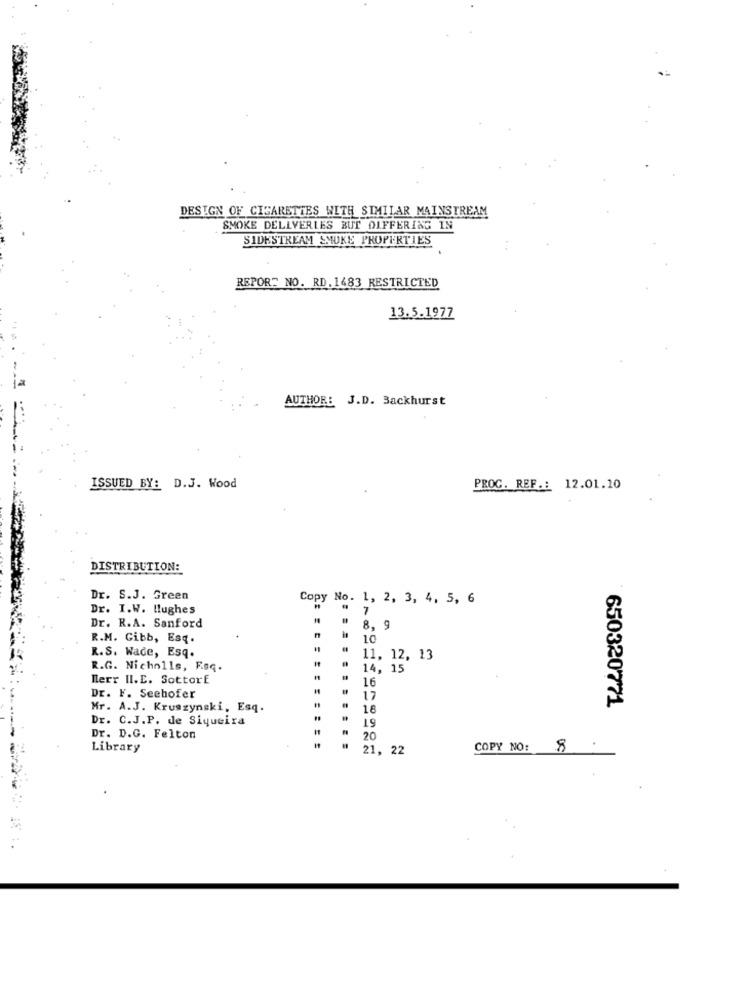
DESIGN OF CIGARETTES WITH SIMILAR MAINSTREAM
SMOKE DELLVERLES BUT OLFFERING IN
SIDESTREAM SMUKE PROPERTIES
REPORT NO. RD.1483 RESTRICTED
13.5.1977
AUTHOR: J.D. Backhurst
ISSUED BY: D.J. Wood
PROC. REF .: 12.01.10
DISTRIBUTION:
Dr. S.J. Green
Copy No. 1, 2, 3, 4, 5, 6
Dr. I.W. Hughes
7
Dr. R.A. Sanford
8, 9
R.M. Gibb, Esq.
10
R.S. Wade, Esq.
11, 12, 13
R.G. Nicholls, Fsq.
14, 15
herr II.E. Sottorf
16
Dr. F. Seehofer
17
650320771
Mr. A.J. Kruszynski, Esq.
18
Dr. C.J.P. de Siqueira
19
Dr. D.G. Felton
20
Library
21, 22
COPY NO: 8